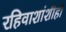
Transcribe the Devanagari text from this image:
रहिवाशांशीही